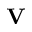
\mathbf { V }